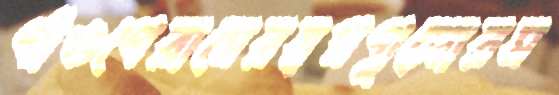
গাঁওগেরামেরস্বপ্নগুলোরম